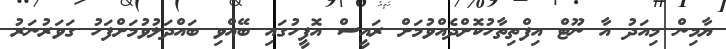
ޔާމިން މިއަދު އާ ނޫޓް އިފްތިތާހުކޮށްދެއްވުމަށް ރައީސް އޮފީހުގައި ބޭއްވި ބައްދަލުވުމަށްފަހު ގަވަރުނަރު